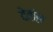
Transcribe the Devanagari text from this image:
देवांस